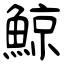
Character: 鯨